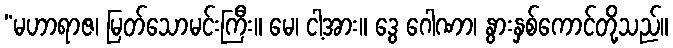
“မဟာရာဇ၊ မြတ်သောမင်းကြီး။ မေ၊ ငါ့အား။ ဒွေ ဂေါဏာ၊ နွားနှစ်ကောင်တို့သည်။